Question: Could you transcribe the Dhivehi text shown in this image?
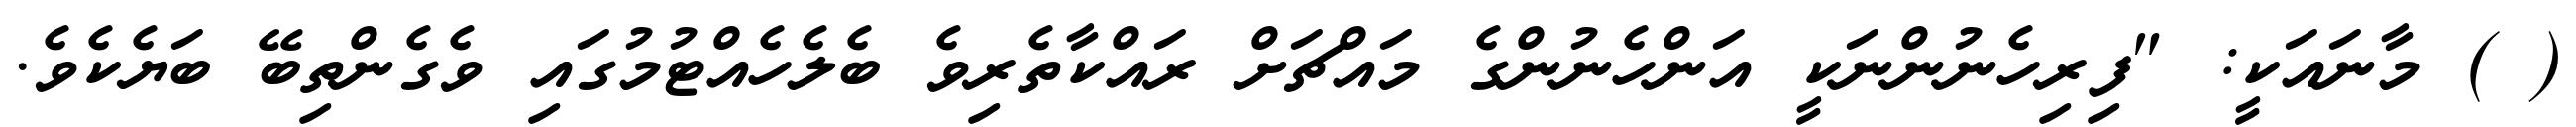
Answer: ( ) މާނައަކީ: "ފިރިހެނުންނަކީ އަންހެނުންގެ މައްޗަށް ރައްކާތެރިވެ ބެލެހެއްޓުމުގައި ވެގެންތިބޭ ބަޔެކެވެ.